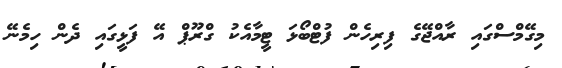
މިގޭމްސްގައި ރާއްޖޭގެ ފިރިހެން ފުޓްބޯޅަ ޓީމާއެކު ގްރޫޕް އޭ ފަޅީގައި ދެން ހިމެނޭ